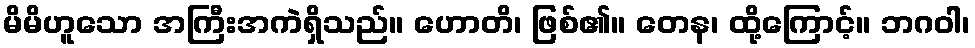
မိမိဟူသော အကြီးအကဲရှိသည်။ ဟောတိ၊ ဖြစ်၏။ တေန၊ ထို့ကြောင့်။ ဘဂဝါ၊